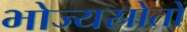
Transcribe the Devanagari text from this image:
भोज्यस्रोतों